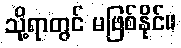
သို့ရာတွင် မဖြစ်နိုင်။